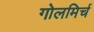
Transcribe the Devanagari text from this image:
गोलमिर्च